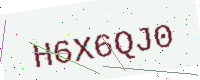
Text: H6X6QJ0